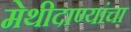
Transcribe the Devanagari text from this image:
मेथीदाण्यांचा